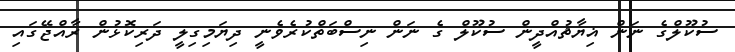
ސުކޫލްގެ ނަން ޣިޔާޘުއްދީން ސުކޫލް ގެ ނަން ނިސްބަތްކުރެވެނީ ދިޔަމިގިލީ ދަރިކޮޅުން ރާއްޖޭގައި